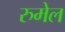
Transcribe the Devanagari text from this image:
रुमेल